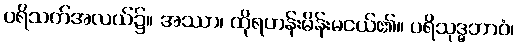
ပရိသတ်အလယ်၌။ အဿာ၊ ထိုရဟန်းမိန်းမငယ်၏။ ပရိသုဒ္ဓဘာဝံ၊